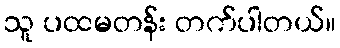
သူ ပထမတန်း တက်ပါတယ်။